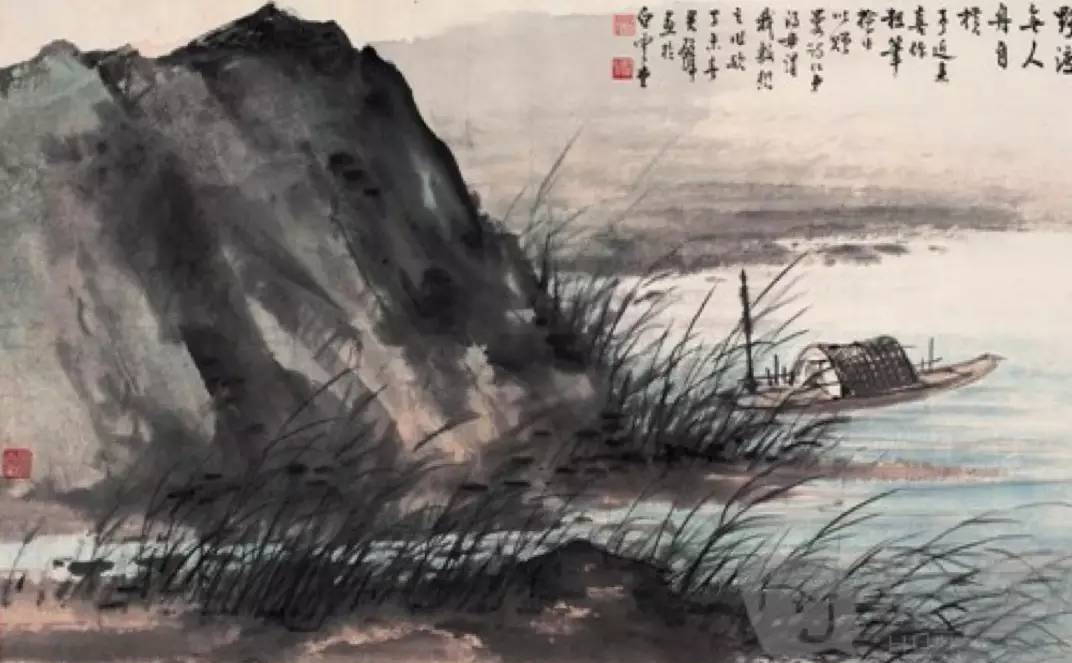
独怜幽草涧边生，上有黄鹂深树鸣。